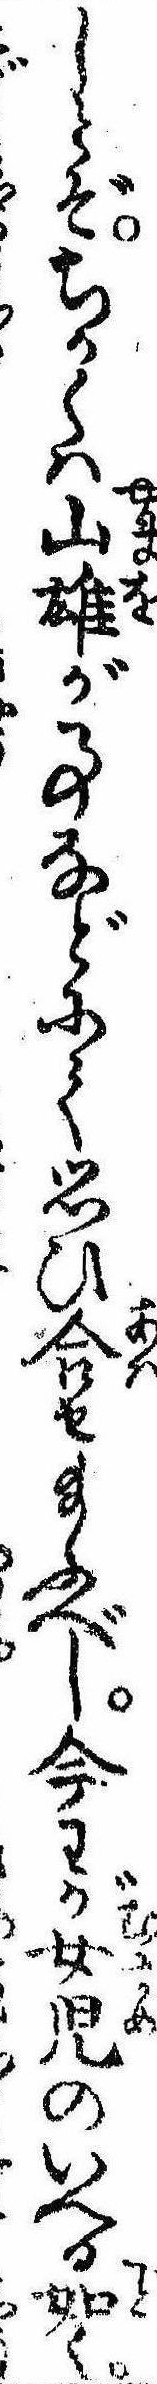
しとぞちかくは山雄が事などにて思ひ合せ給ふべし今わが女児のいへる如く